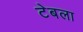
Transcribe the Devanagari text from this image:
टेबला